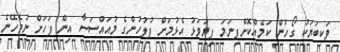
ވަކިބަޔަކު ގޯހުން ކަމެއްކޮށްފިނަމަ ފިޔަވަޅު އެޅުމަށް ފުލުހުންގެ މުއައްސަސާ އިން ފަހަށް ނުޖެހޭނެ